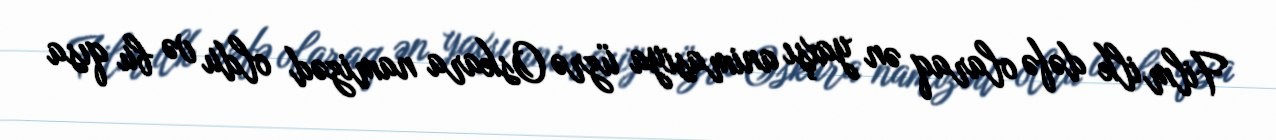
Film ilk dəfə olaraq ən yaxşı animasiya üzrə Oskara namizəd oldu və bu qısa